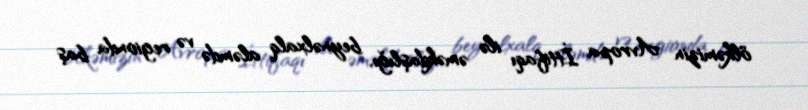
ölkəmizin Avropa İttifaqı ilə əməkdaşlığı, beynəlxalq aləmdə və regionda baş